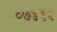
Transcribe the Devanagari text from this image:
०७४१२